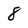
Character: 8